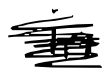
Text: in
Cross-out: scratch
Writing tool: digital_black